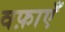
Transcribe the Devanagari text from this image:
वफ़ाएँ